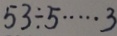
5 3 \div 5 \cdots 3